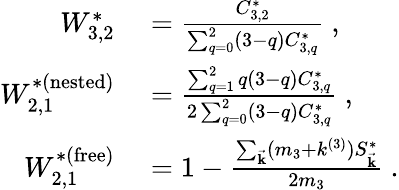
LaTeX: \begin{array}{rl}{W_{3,2}^{*}}&{{}=\frac{C_{3,2}^{*}}{\sum_{q=0}^{2}(3-q)C_{3,q}^{*}}~,}\\ {W_{2,1}^{*(\mathrm{nested})}}&{{}=\frac{\sum_{q=1}^{2}q(3-q)C_{3,q}^{*}}{2\sum_{q=0}^{2}(3-q)C_{3,q}^{*}}~,}\\ {W_{2,1}^{*(\mathrm{free})}}&{{}=1-\frac{\sum_{\vec{\mathbf{k}}}(m_{3}+k^{(3)})S_{\vec{\mathbf{k}}}^{*}}{2m_{3}}~.}\end{array}